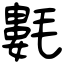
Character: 氀